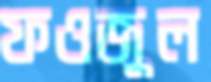
ফওজুল